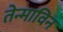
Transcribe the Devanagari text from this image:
तेन्माविन